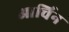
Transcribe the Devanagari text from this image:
आर्चिन